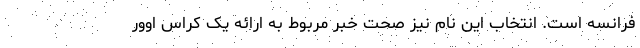
فرانسه است. انتخاب این نام نیز صحت خبر مربوط به ارائه یک کراس اوور